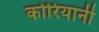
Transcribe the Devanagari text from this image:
कोरियानी